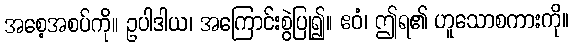
အစေ့အစပ်ကို။ ဥပါဒါယ၊ အကြောင်းစွဲပြု၍။ ဧဝံ၊ ဤရ၏ ဟူသောစကားကို။